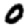
Digit: 0